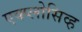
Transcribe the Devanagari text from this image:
एक्प्लोसिव्ह